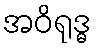
အဝိရုဒ္ဓ